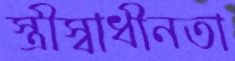
স্ত্রীস্বাধীনতা